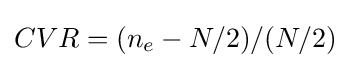
CVR=(n_{e}-N/2)/(N/2)